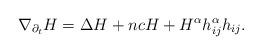
LaTeX: \begin{align*} \nabla_{\partial_{t}} H= \Delta H+n c H+H^{\alpha} h^{\alpha}_{i j} h_{i j} . \end{align*}